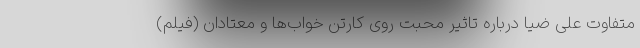
متفاوت علی ضیا درباره تاثیر محبت روی کارتن خواب‌ها و معتادان (فیلم)